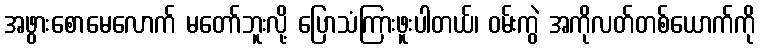
အဖွားစောမေလောက် မတော်ဘူးလို့ ပြောသံကြားဖူးပါတယ်၊ ဝမ်းကွဲ အကိုလတ်တစ်ယောက်ကို